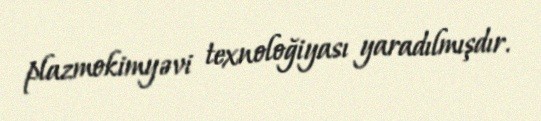
plazmokimyəvi texnoloğiyası yaradılmışdır.